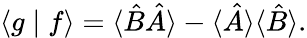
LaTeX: \langle g\mid f\rangle=\langle{\hat{B}}{\hat{A}}\rangle-\langle{\hat{A}}\rangle\langle{\hat{B}}\rangle.